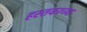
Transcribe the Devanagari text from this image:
हस्तकाच्या